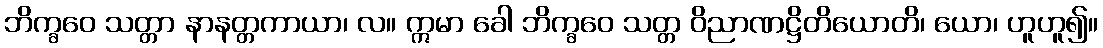
ဘိက္ခဝေ သတ္တာ နာနတ္တကာယာ၊ လ။ ဣမာ ခေါ ဘိက္ခဝေ သတ္တ ဝိညာဏဋ္ဌိတိယောတိ၊ ယော၊ ဟူဟူ၍။